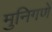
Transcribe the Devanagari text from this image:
मुनिगणे